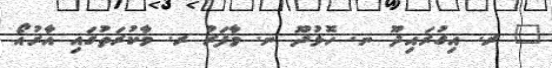
_ ރ. އިގުރައިދޫ ނ. ހޮޅުދޫ ނ. މާފަރު ރ. މާކުރަތުގައި އާރުއޯ